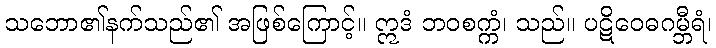
သဘော၏နက်သည်၏ အဖြစ်ကြောင့်။ ဣဒံ ဘဝစက္ကံ၊ သည်။ ပဋိဝေဓဂမ္ဘီရံ၊